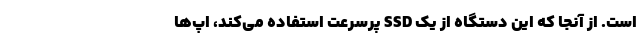
است. از آنجا که این دستگاه از یک SSD پرسرعت استفاده می‌کند، اپ‌ها